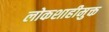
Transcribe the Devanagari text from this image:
लोकशाहीमुक्त